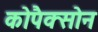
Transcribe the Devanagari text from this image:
कोपैक्सोन